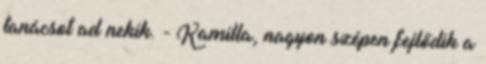
tanácsot ad nekik. - Kamilla, nagyon szépen fejlődik a